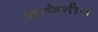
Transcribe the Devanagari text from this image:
वाफेतील